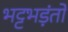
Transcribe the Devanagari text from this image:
भट्टभड़ंतों